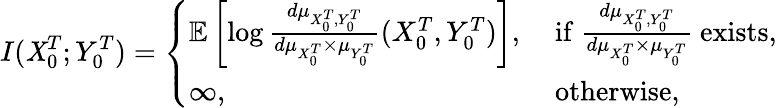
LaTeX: I(\mathit{X}_{0}^{T};Y_{0}^{T})=\left\{ \begin{array}{ll}{{\mathbb{E}}\left[\log\frac{d\mu_{X_{0}^{T},Y_{0}^{T}}}{d\mu_{X_{0}^{T}}\times\mu_{Y_{0}^{T}}}(X_{0}^{T},Y_{0}^{T})\right],}&{\mathrm{~if~}\frac{d\mu_{X_{0}^{T},{Y_{0}^{T}}}}{d\mu_{X_{0}^{T}}\times\mu_{Y_{0}^{T}}}\mathrm{~exists},}\\ {\infty,}&{\mathrm{~otherwise},}\end{array}\right.